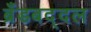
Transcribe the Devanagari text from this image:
ब्रँडबद्दल